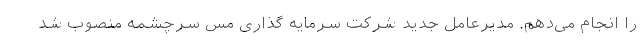
را انجام می‌دهم. مدیرعامل جدید شرکت سرمایه گذاری مس سرچشمه منصوب شد